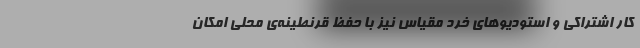
کار اشتراکی و استودیوهای خرد مقیاس نیز با حفظ قرنطینه‌ی محلی امکان